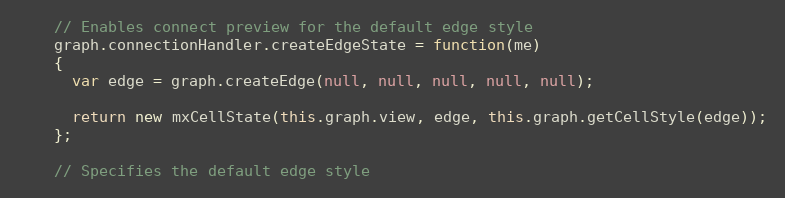
Language: JavaScript
    // Enables connect preview for the default edge style
    graph.connectionHandler.createEdgeState = function(me)
    {
      var edge = graph.createEdge(null, null, null, null, null);

      return new mxCellState(this.graph.view, edge, this.graph.getCellStyle(edge));
    };

    // Specifies the default edge style